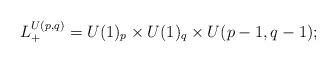
LaTeX: \begin{align*} L^{U(p,q)}_+ = U(1)_p\times U(1)_q \times U(p-1,q-1);\end{align*}